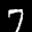
Label: 7